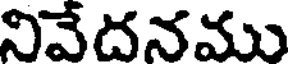
నివేదనము